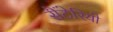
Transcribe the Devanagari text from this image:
सैंटेरियो